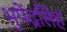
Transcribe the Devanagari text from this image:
भुपेंद्रसिंह